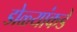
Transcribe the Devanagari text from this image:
डोळ्यांकडे